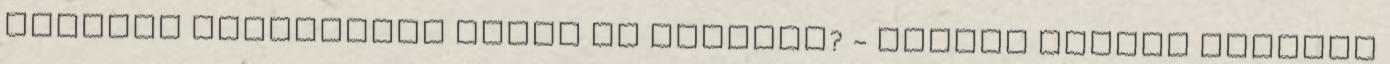
folyton hányingert kapsz az autóban? - Utazás Femina Gyakran